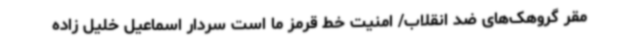
مقر گروهک‌های ضد انقلاب/ امنیت خط قرمز ما است سردار اسماعیل خلیل زاده